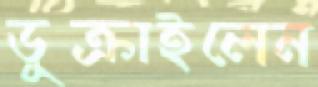
ডুক্‌রাইলেন